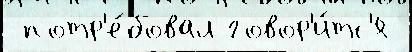
 потр'е́бовал говор'и́тс'я